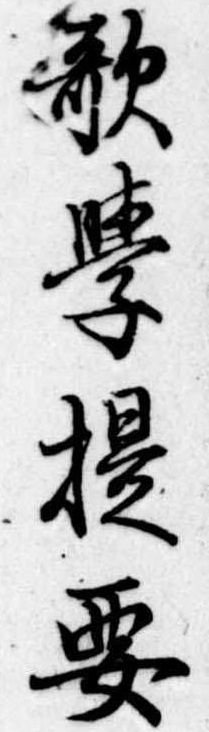
歌学提要